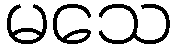
မသေ